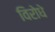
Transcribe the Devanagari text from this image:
विरोधे